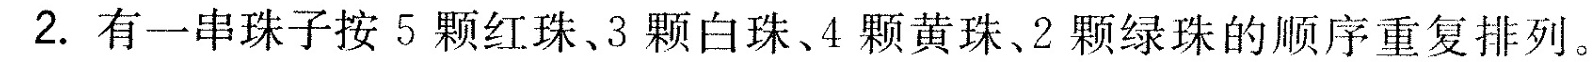
2.有一串珠子按5颗红珠、3颗白珠、4颗黄珠、2颗绿珠的顺序重复排列。